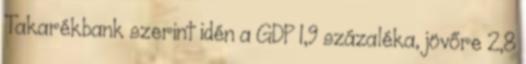
Takarékbank szerint idén a GDP 1,9 százaléka, jövőre 2,8